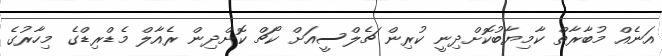
އަނެއް މުބާރާތް ކާމިޔާބުކޮށްދިނީ ކުރިން ޗެލްސީއަށް ކޯޗް ކޮށްދިން ރެއާލް މެޑްރިޑްގެ މިހާރުގެ